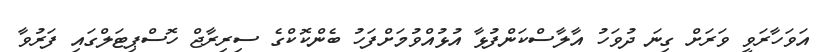
އަވަހާރަވީ ވަރަށް ގިނަ ދުވަހު އާލާސްކަންފުޅާ އުޅުއްވުމަށްފަހު ބެންކޮކްގެ ސިރިރާޖް ހޮސްޕިޓަލްގައި ފަރުވާ